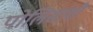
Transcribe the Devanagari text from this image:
पोलिसांशी